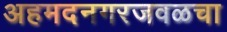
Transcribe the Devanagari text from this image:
अहमदनगरजवळचा